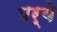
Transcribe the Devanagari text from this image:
पर्ये